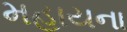
મહાયના